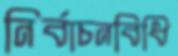
নির্বাচনবিধি